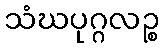
သံဃပုဂ္ဂလဉ္စ